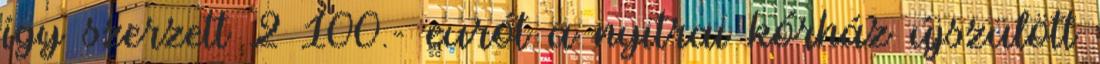
így szerzett 2 100.- eurót a nyitrai kórház újszülött